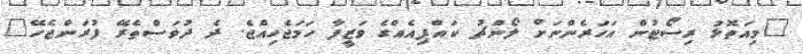
"މިއަތޮޅު ރިސޯޓުން އަހަރެންނަށް ލޯންޗު ކައްޕިއެއްގެ ވަޒީފާ ހަމަޖެހިއްޖެ. ދެ ދުވަސްތެރޭ ފުރަންޖެހޭ"